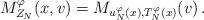
LaTeX: \begin{align*}M_{Z_N}^\varphi(x,v) = M_{u_N^\varphi(x),T_N^\varphi(x)}(v)\,.\end{align*}